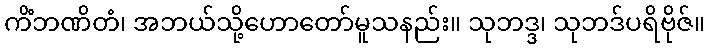
ကိံဘဏိတံ၊ အဘယ်သို့ဟောတော်မူသနည်း။ သုဘဒ္ဒ၊ သုဘဒ်ပရိဗိုဇ်။